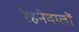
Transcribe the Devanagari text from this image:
रेहनेवालों